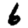
Digit: 6